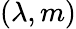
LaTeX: (\lambda,m)